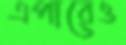
এপারেও